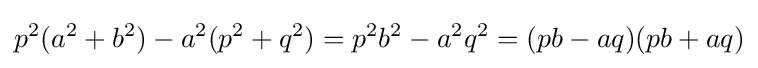
p^{2}(a^{2}+b^{2})-a^{2}(p^{2}+q^{2})=p^{2}b^{2}-a^{2}q^{2}=(pb-aq)(pb+aq)